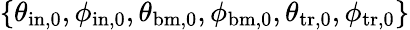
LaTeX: \{ \theta_{\mathrm{in,0}},\phi_{\mathrm{in,0}},\theta_{\mathrm{bm,0}},\phi_{\mathrm{bm,0}},\theta_{\mathrm{tr,0}},\phi_{\mathrm{tr,0}}\}